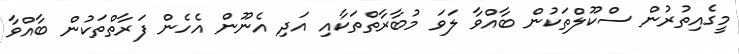
މީގެއިތުރުން ސްކޫލްތަކުން ބާއްވާ ލަވަ މުބާރާތްތަކާއި އަދި އެނޫން އެހެން ފަރާތްތަކުން ބާއްވާ